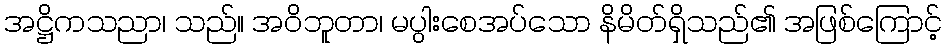
အဋ္ဌိကသညာ၊ သည်။ အဝိဘူတာ၊ မပွါးစေအပ်သော နိမိတ်ရှိသည်၏ အဖြစ်ကြောင့်